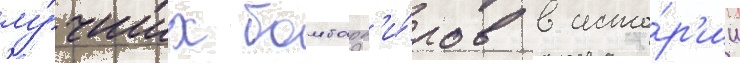
лу́чших бомбард'и́ров в исто́р'ии